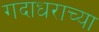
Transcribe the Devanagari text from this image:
गदाधराच्या